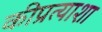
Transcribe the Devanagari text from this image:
कीप्रत्याशा